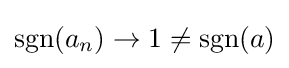
\operatorname {sgn} (a_{n})\to 1\neq \operatorname {sgn} (a)